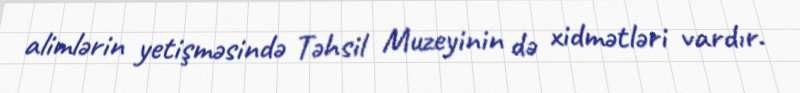
alimlərin yetişməsində Təhsil Muzeyinin də xidmətləri vardır.